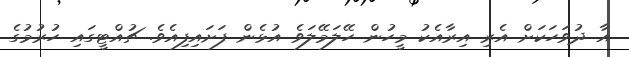
އާ ދުވަހަކަށް އެރި އިރާއެކު މީހުން ހޭލަމޭލަވެ އުޅެން ފަށައިފިއެވެ. ޗުއްޓީގައި ހުރުމުގެ